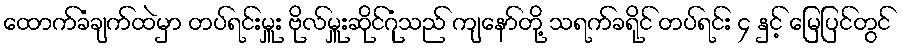
ထောက်ခံချက်ထဲမှာ တပ်ရင်းမှူး ဗိုလ်မှူးဆိုင်ဂုံသည် ကျနော်တို့ သရက်ခရိုင် တပ်ရင်း ၄ နှင့် မြေပြင်တွင်